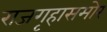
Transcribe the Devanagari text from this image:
राजगृहासमोर